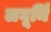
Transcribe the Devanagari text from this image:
लघूर्मि